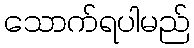
သောက်ရပါမည်